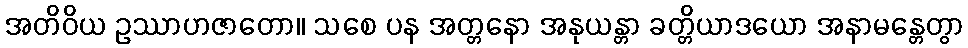
အတိဝိယ ဥဿာဟဇာတော။ သစေ ပန အတ္တနော အနုယန္တာ ခတ္တိယာဒယော အနာမန္တေတွာ